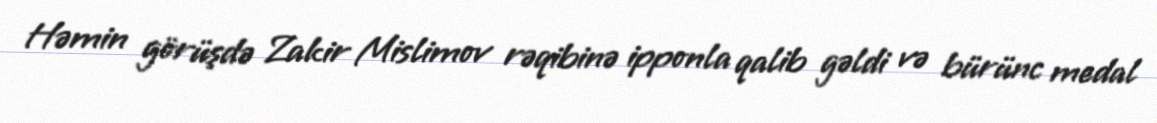
Həmin görüşdə Zakir Mislimov rəqibinə ipponla qalib gəldi və bürünc medal